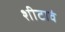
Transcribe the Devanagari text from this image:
शीटावं